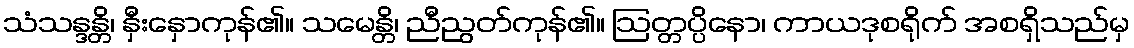
သံသန္ဒန္တိ၊ နှီးနှောကုန်၏။ သမေန္တိ၊ ညီညွတ်ကုန်၏။ ဩတ္တပ္ပိနော၊ ကာယဒုစရိုက် အစရှိသည်မှ